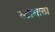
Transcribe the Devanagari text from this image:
स्टामाठा